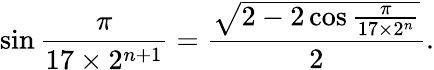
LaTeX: \sin{\frac{\pi}{17\times 2^{n+1}}}={\frac{\sqrt{2-2\cos{\frac{\pi}{17\times 2^{n}}}}}{2}}.